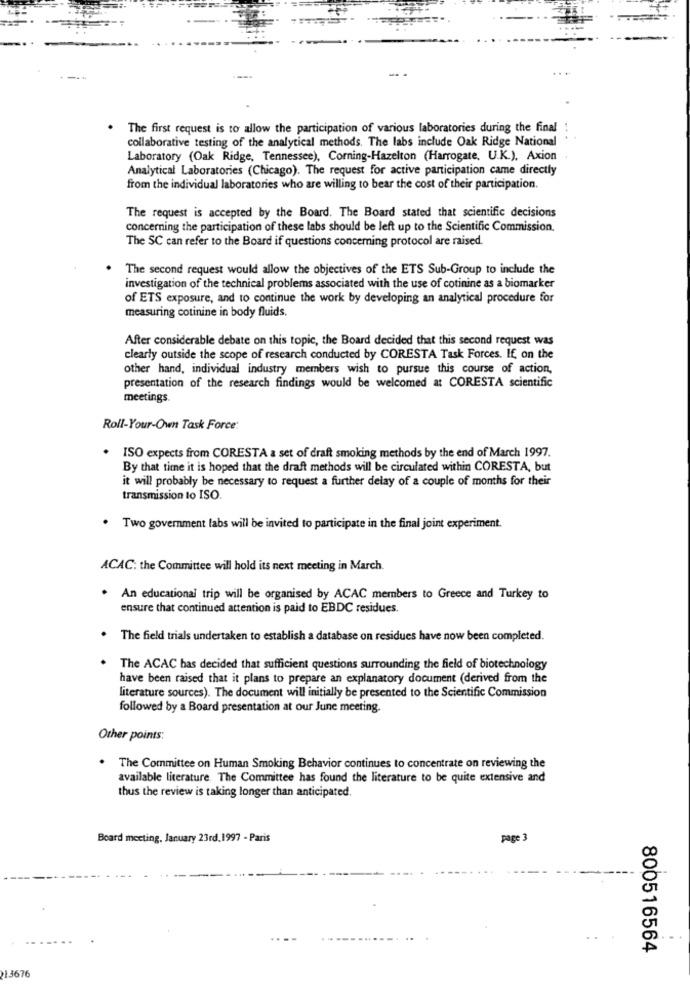
The first request is to allow the participation of various laboratories during the final
collaborative testing of the analytical methods. The labs include Oak Ridge National
Laboratory (Oak Ridge, Tennessee), Corning-Hazelton (Harrogate, U.K.), Axion
Analytical Laboratories (Chicago). The request for active participation came directly
from the individual laboratories who are willing to bear the cost of their participation.
The request is accepted by the Board. The Board stated that scientific decisions
concerning the participation of these labs should be left up to the Scientific Commission.
The SC can refer to the Board if questions concerning protocol are raised.
The second request would allow the objectives of the ETS Sub-Group to include the
investigation of the technical problems associated with the use of cotinine as a biomarker
of ETS exposure, and to continue the work by developing an analytical procedure for
measuring cotinine in body fluids,
After considerable debate on this topic, the Board decided that this second request was
clearly outside the scope of research conducted by CORESTA Task Forces. If, on the
other hand, individual industry members wish to pursue this course of action,
presentation of the research findings would be welcomed at CORESTA scientific
meetings.
Roll-Your-Own Task Force:
. ISO expects from CORESTA a set of draft smoking methods by the end of March 1997.
By that time it is hoped that the draft methods will be circulated within CORESTA, but
it will probably be necessary to request a further delay of a couple of months for their
transmission to ISO
. Two government labs will be invited to participate in the final joint experiment.
ACAC: the Committee will hold its next meeting in March.
An educational trip will be organised by ACAC members to Greece and Turkey to
ensure that continued attention is paid to EBDC residues.
The field trials undertaken to establish a database on residues have now been completed.
The ACAC has decided that sufficient questions surrounding the field of biotechnology
have been raised that it plans to prepare an explanatory document (derived from the
literature sources). The document will initially be presented to the Scientific Commission
followed by a Board presentation at our June meeting.
Other points:
The Committee on Human Smoking Behavior continues to concentrate on reviewing the
available literature. The Committee has found the literature to be quite extensive and
thus the review is taking longer than anticipated.
Board meeting. January 23rd.1997 - Paris
page 3
800516564
213676